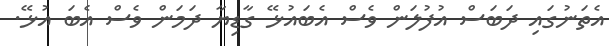
އެތަނުގައި ދަބަސް އުފުލަން ވެސް އެބައުޅޭ ގާޑިޔާ ދަމަން ވެސް އެބަ އުޅޭ.